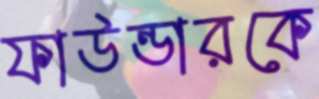
ফাউন্ডারকে